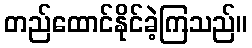
တည်ထောင်နိုင်ခဲ့ကြသည်။